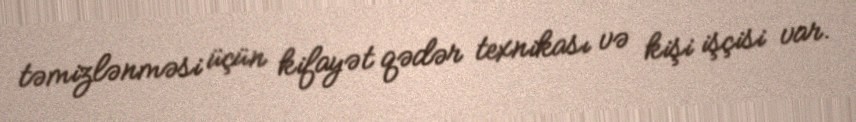
təmizlənməsi üçün kifayət qədər texnikası və kişi işçisi var.